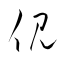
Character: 俔